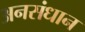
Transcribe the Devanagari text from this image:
अनसंधान